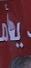
يأم